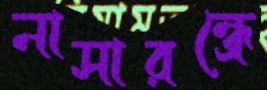
নাসারন্ধ্রে